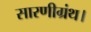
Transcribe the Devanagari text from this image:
सारणीग्रंथ।